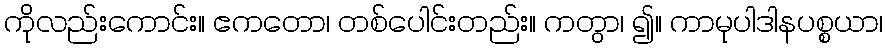
ကိုလည်းကောင်း။ ဧကတော၊ တစ်ပေါင်းတည်း။ ကတွာ၊ ၍။ ကာမုပါဒါနပစ္စယာ၊